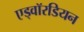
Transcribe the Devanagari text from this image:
एड्वॉरडियन